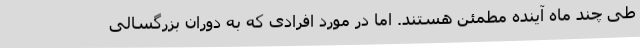
طی چند ماه آینده مطمئن هستند. اما در مورد افرادی که به دوران بزرگسالی